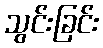
သွင်းခြင်း